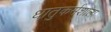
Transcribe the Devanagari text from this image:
धातुकर्मशाला